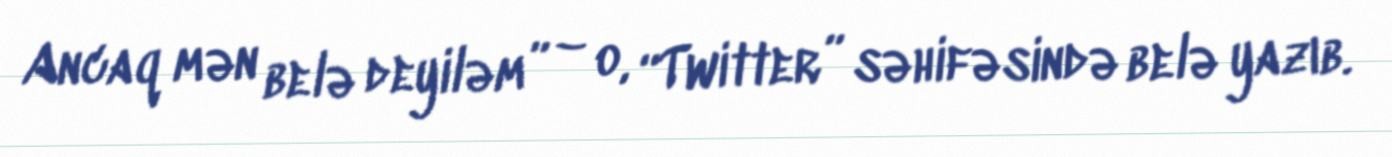
Ancaq mən belə deyiləm” – o, “Twitter” səhifəsində belə yazıb.